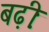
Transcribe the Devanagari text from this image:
बढ़ीः